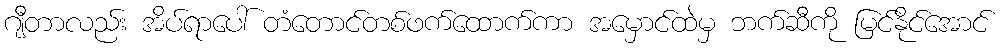
ဂျီတာလည်း အိပ်ရာပေါ် တံတောင်တစ်ဖက်ထောက်ကာ အမှောင်ထဲမှ ဘက်ဆီကို မြင်နိုင်အောင်